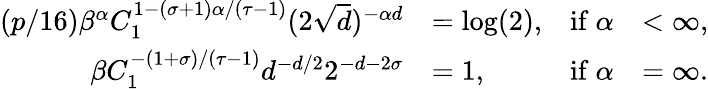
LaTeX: \begin{array}{rlrl}{(p/16)\beta^{\alpha}C_{1}^{1-(\sigma+1)\alpha/(\tau-1)}(2\sqrt{d})^{-\alpha d}}&{=\log(2),}&{\mathrm{if~}\alpha}&{<\infty,}\\ {\beta C_{1}^{-(1+\sigma)/(\tau-1)}d^{-d/2}2^{-d-2\sigma}}&{=1,}&{\mathrm{if~}\alpha}&{=\infty.}\end{array}